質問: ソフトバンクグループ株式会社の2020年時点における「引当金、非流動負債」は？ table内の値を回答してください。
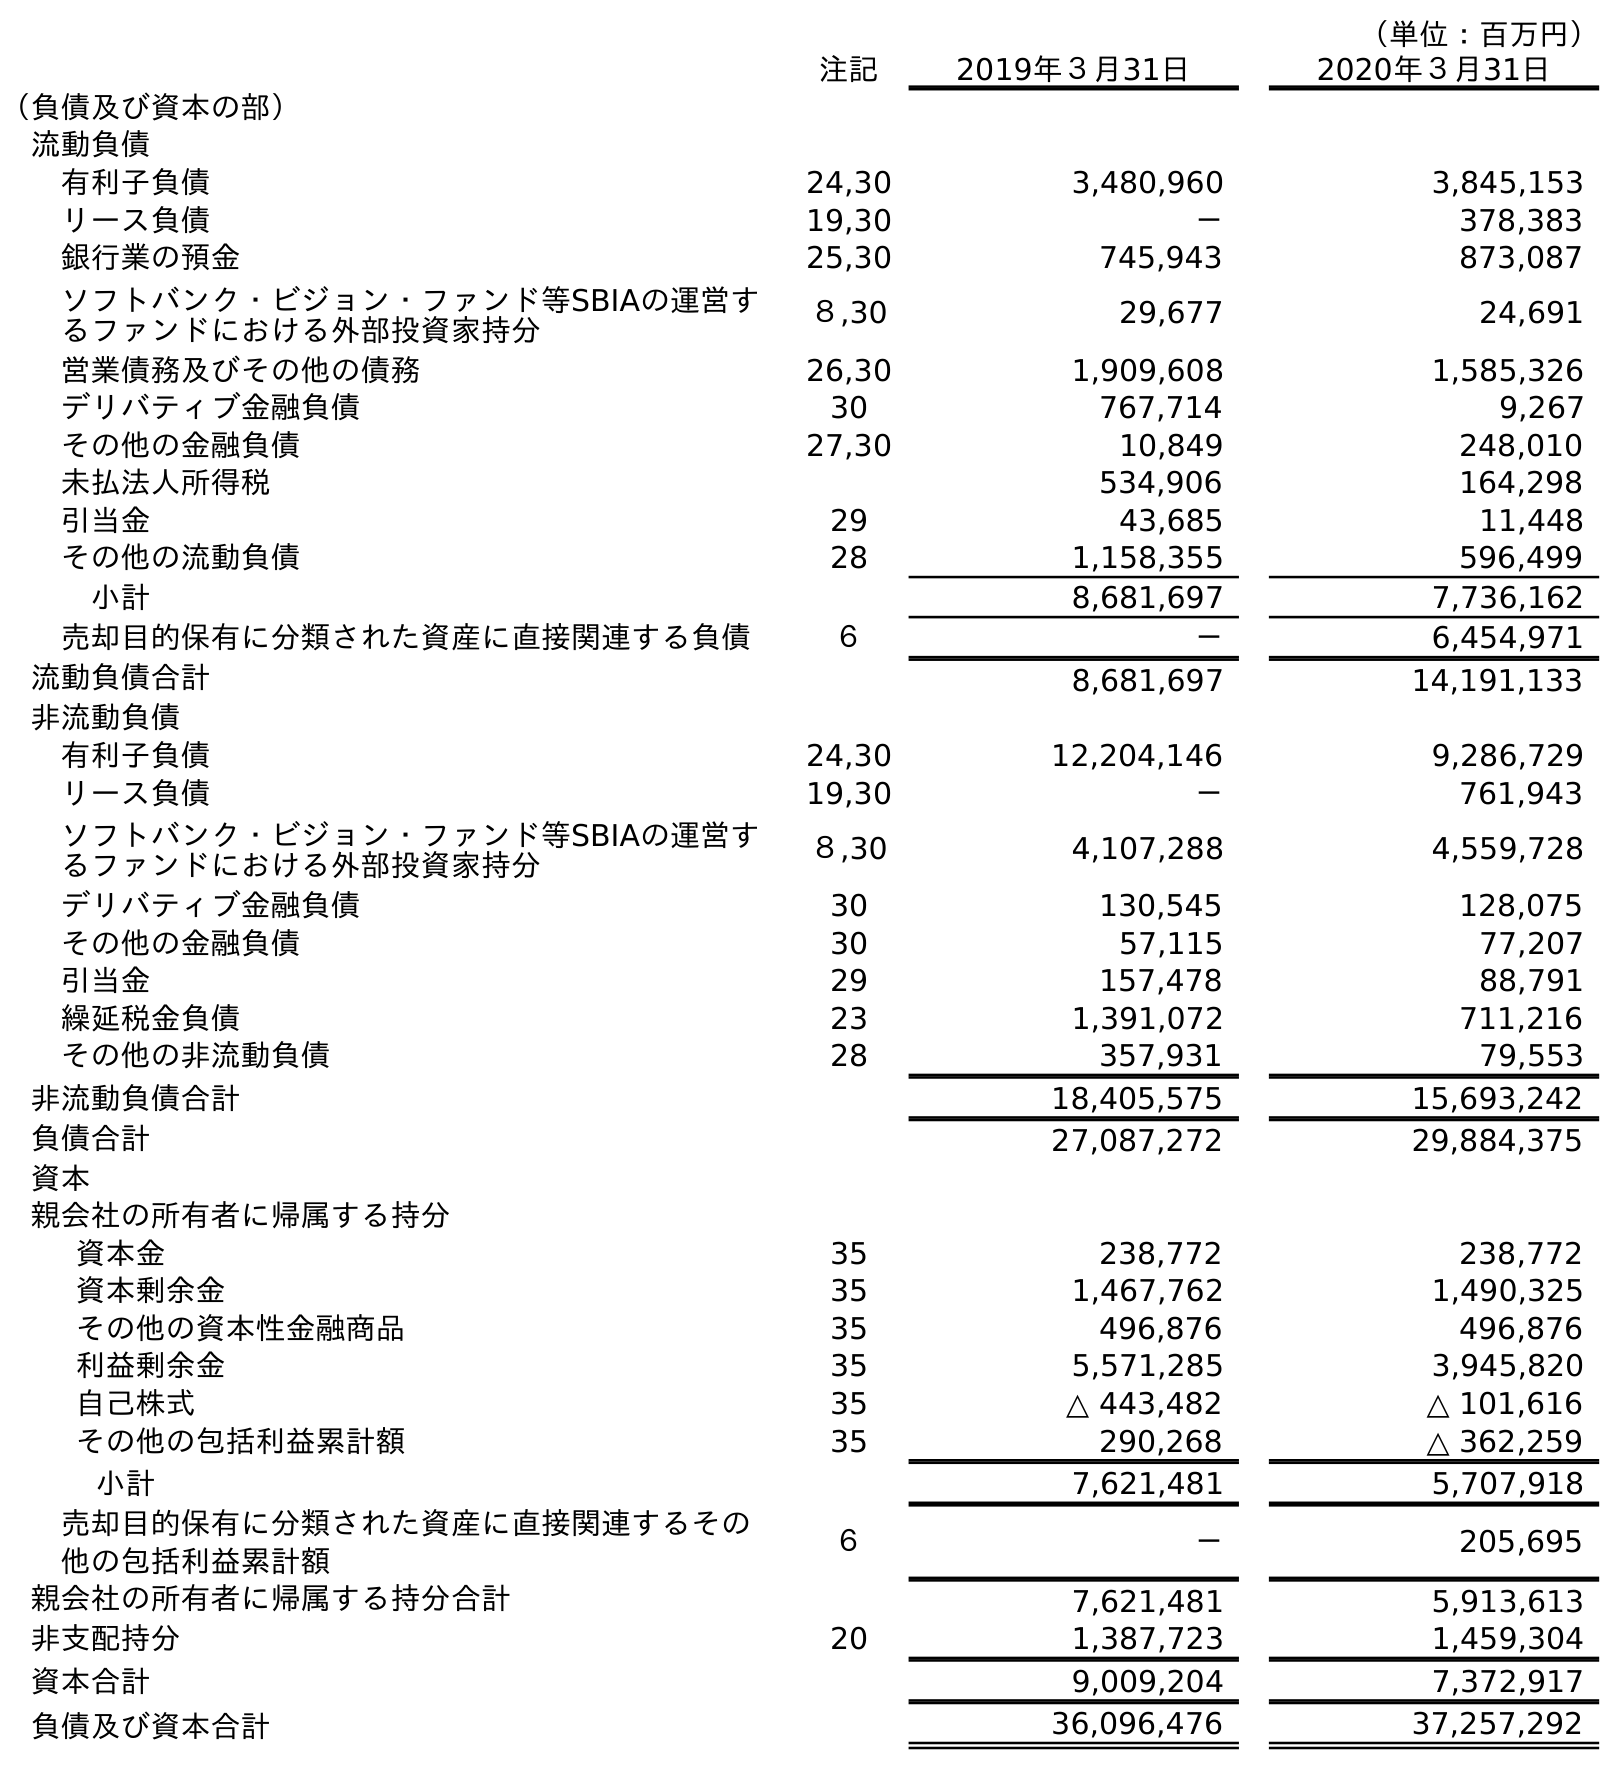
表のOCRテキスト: （単位：百万円） 注記 2019年３月31日 2020年３月31日 （負債及び資本の部） 流動負債 有利子負債 24,30 3,480,960 3,845,153 リース負債 19,30 － 378,383 銀行業の預金 25,30 745,943 873,087 ソフトバンク・ビジョン・ファンド等SBIAの運営す るファンドにおける外部投資家持分 ８,30 29,677 24,691 営業債務及びその他の債務 26,30 1,909,608 1,585,326 デリバティブ金融負債 30 767,714 9,267 その他の金融負債 27,30 10,849 248,010 未払法人所得税 534,906 164,298 引当金 29 43,685 11,448 その他の流動負債 28 1,158,355 596,499 小計 8,681,697 7,736,162 売却目的保有に分類された資産に直接関連する負債 ６ － 6,454,971 流動負債合計 8,681,697 14,191,133 非流動負債 有利子負債 24,30 12,204,146 9,286,729 リース負債 19,30 － 761,943 ソフトバンク・ビジョン・ファンド等SBIAの運営す るファンドにおける外部投資家持分 ８,30 4,107,288 4,559,728 デリバティブ金融負債 30 130,545 128,075 その他の金融負債 30 57,115 77,207 引当金 29 157,478 88,791 繰延税金負債 23 1,391,072 711,216 その他の非流動負債 28 357,931 79,553 非流動負債合計 18,405,575 15,693,242 負債合計 27,087,272 29,884,375 資本 親会社の所有者に帰属する持分 資本金 35 238,772 238,772 資本剰余金 35 1,467,762 1,490,325 その他の資本性金融商品 35 496,876 496,876 利益剰余金 35 5,571,285 3,945,820 自己株式 35 △ 443,482 △ 101,616 その他の包括利益累計額 35 290,268 △ 362,259 小計 7,621,481 5,707,918 売却目的保有に分類された資産に直接関連するその 他の包括利益累計額 ６ － 205,695 親会社の所有者に帰属する持分合計 7,621,481 5,913,613 非支配持分 20 1,387,723 1,459,304 資本合計 9,009,204 7,372,917 負債及び資本合計 36,096,476 37,257,292
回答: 88,791